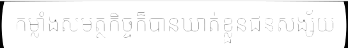
កម្លាំងសមត្ថកិច្ចក៏បានឃាត់ខ្លួនជនសង្ស័យ